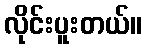
လိုင်းပူးတယ်။